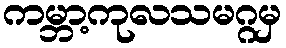
ကမ္ဘာ့ကုလသမဂ္ဂမှ